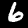
Digit: 6